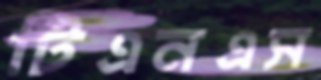
টিএনএস